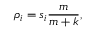
\rho _ { i } = s _ { i } \frac { m } { m + k } ,